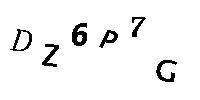
DZ6P7G